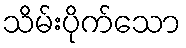
သိမ်းပိုက်သော